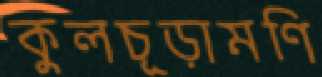
কুলচূড়ামণি